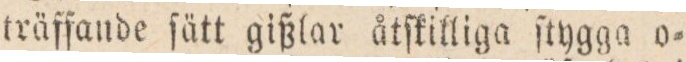
träffande ſätt gißlar åtſkilliga ſtygga o=